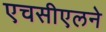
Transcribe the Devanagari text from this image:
एचसीएलने